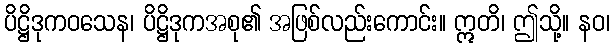
ပိဋ္ဌိဒုကဝသေန၊ ပိဋ္ဌိဒုကအစု၏ အဖြစ်လည်းကောင်း။ ဣတိ၊ ဤသို့။ နဝ၊